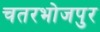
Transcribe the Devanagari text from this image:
चतरभोजपुर